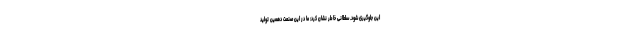
این جلوگیری شود. سلطانی خاطر نشان کرد: ما در این صنعت دهمین تولید